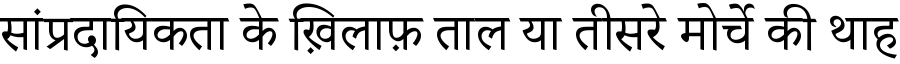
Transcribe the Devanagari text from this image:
सांप्रदायिकता के ख़िलाफ़ ताल या तीसरे मोर्चे की थाह